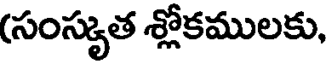
(సంస్కృత శ్లోకములకు,